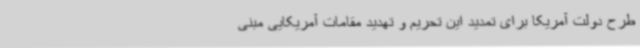
طرح دولت آمریکا برای تمدید این تحریم و تهدید مقامات آمریکایی مبنی